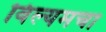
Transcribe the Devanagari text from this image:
विल्यमचा